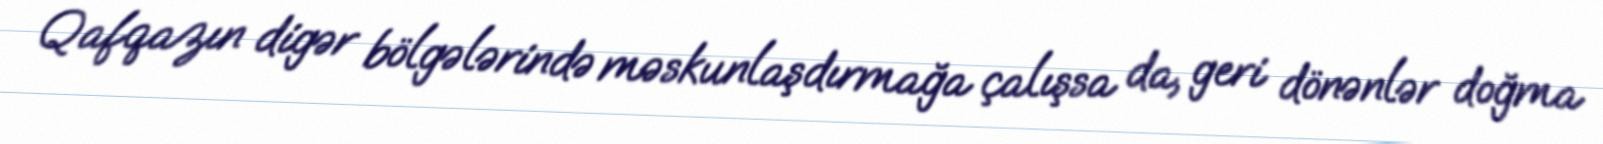
Qafqazın digər bölgələrində məskunlaşdırmağa çalışsa da, geri dönənlər doğma